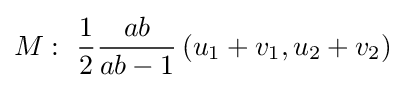
M:\ {\frac {1}{2}}{\frac {ab}{ab-1}}\left(u_{1}+v_{1},u_{2}+v_{2}\right)\;